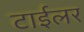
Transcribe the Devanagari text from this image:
टाईलर